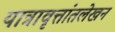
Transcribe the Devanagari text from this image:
यात्रावृत्तांतलेखन